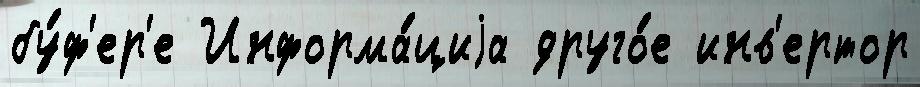
бу́ф'ер'е Информа́циjа друго́е инв'ертор